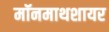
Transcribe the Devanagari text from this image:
मॉनमाथशायर